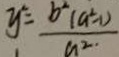
y ^ { 2 } = \frac { b ^ { 2 } ( a ^ { 2 } - 1 ) } { a ^ { 2 . } }